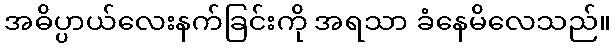
အဓိပ္ပာယ်လေးနက်ခြင်းကို အရသာ ခံနေမိလေသည်။